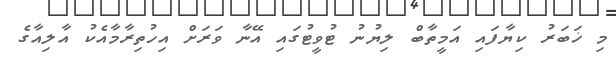
މި ޚަބަރު ކިޔާފައި އަމީތާބް ލިޔުނު ޓުވީޓުގައި އޭނާ ވަރަށް އިހުތިރާމާއެކު އާލިއާގެ